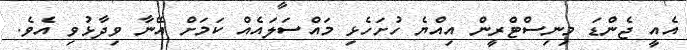
އެއީ ޖެންޑަ މިނިސްޓްރީން އިއްޔެ ހުށަހެޅި މައްސަލައެއް ކަމަށް އޭނާ ވިދާޅުވި އެވެ.